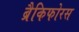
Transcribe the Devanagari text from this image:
ब्रैकिफोरस